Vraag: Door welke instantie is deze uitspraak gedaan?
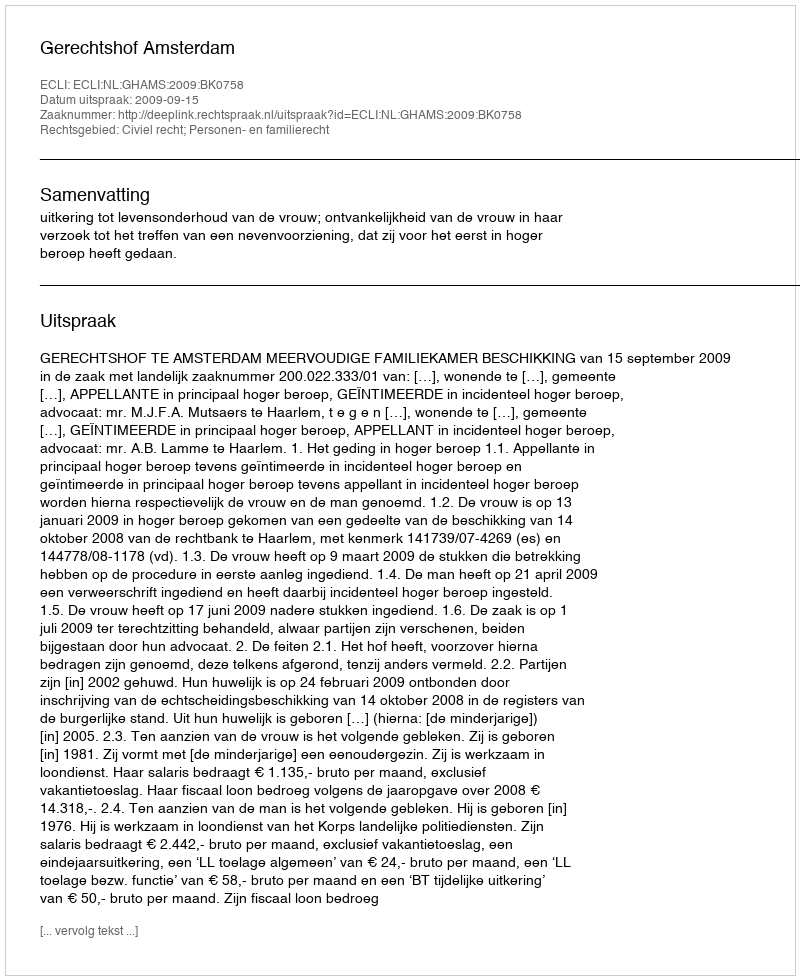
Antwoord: Gerechtshof Amsterdam